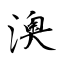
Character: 澳